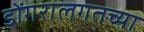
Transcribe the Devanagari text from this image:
डोंगरालगतच्या